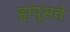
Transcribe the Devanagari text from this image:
हापूसचे